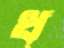
ধ্